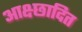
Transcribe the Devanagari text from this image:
आक्ष्छादित